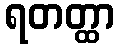
ရတတ္ထာ